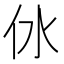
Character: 㲻